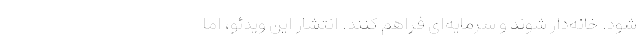
شود. خانه‌دار شوند و سرمایه‌ای فراهم کنند. انتشار این ویدئو، اما